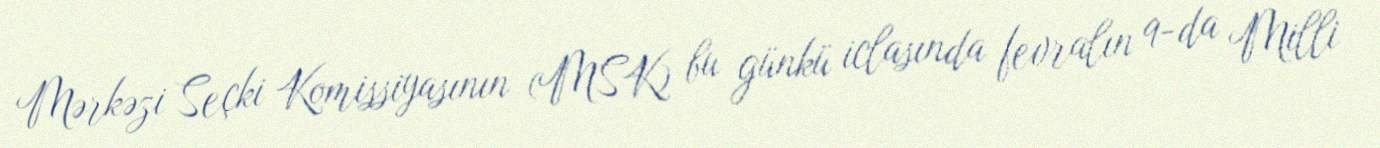
Mərkəzi Seçki Komissiyasının (MSK) bu günkü iclasında fevralın 9-da Milli